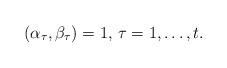
LaTeX: \begin{align*} (\alpha _{\tau}, \beta _{\tau}) = 1, \, \tau = 1, \dots ,t.\end{align*}